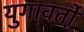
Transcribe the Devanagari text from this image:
युगावर्तो